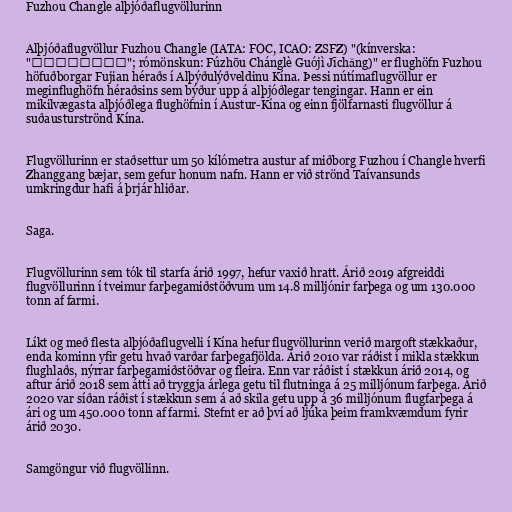
Fuzhou Changle alþjóðaflugvöllurinn

Alþjóðaflugvöllur Fuzhou Changle (IATA: FOC, ICAO: ZSFZ) "(kínverska:
"福州长乐国际机场"; rómönskun: Fúzhōu Chánglè Guójì Jīchǎng)" er flughöfn Fuzhou
höfuðborgar Fujian héraðs í Alþýðulýðveldinu Kína. Þessi nútímaflugvöllur er
meginflughöfn héraðsins sem býður upp á alþjóðlegar tengingar. Hann er ein
mikilvægasta alþjóðlega flughöfnin í Austur-Kína og einn fjölfarnasti flugvöllur á
suðausturströnd Kína.

Flugvöllurinn er staðsettur um 50 kílómetra austur af miðborg Fuzhou í Changle hverfi
Zhanggang bæjar, sem gefur honum nafn. Hann er við strönd Taívansunds
umkringdur hafi á þrjár hliðar.

Saga.

Flugvöllurinn sem tók til starfa árið 1997, hefur vaxið hratt. Árið 2019 afgreiddi
flugvöllurinn í tveimur farþegamiðstöðvum um 14.8 milljónir farþega og um 130.000
tonn af farmi.

Líkt og með flesta alþjóðaflugvelli í Kína hefur flugvöllurinn verið margoft stækkaður,
enda kominn yfir getu hvað varðar farþegafjölda. Árið 2010 var ráðist í mikla stækkun
flughlaðs, nýrrar farþegamiðstöðvar og fleira. Enn var ráðist í stækkun árið 2014, og
aftur árið 2018 sem átti að tryggja árlega getu til flutninga á 25 milljónum farþega. Árið
2020 var síðan ráðist í stækkun sem á að skila getu upp á 36 milljónum flugfarþega á
ári og um 450.000 tonn af farmi. Stefnt er að því að ljúka þeim framkvæmdum fyrir
árið 2030.

Samgöngur við flugvöllinn.